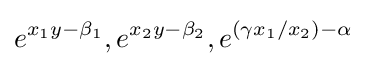
e^{x_{1}y-\beta _{1}},e^{x_{2}y-\beta _{2}},e^{(\gamma x_{1}/x_{2})-\alpha }